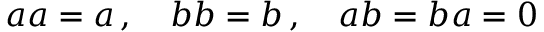
\textstyle a a = a \, , \quad b b = b \, , \quad a b = b a = 0